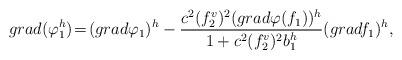
LaTeX: \begin{align*} grad(\varphi_1^h)\!=\!(grad\varphi_1)^h-\frac{c^2(f_2^v)^2(grad\varphi(f_1))^h}{1+c^2(f_2^v)^2b_1^h}(gradf_1)^h,\end{align*}